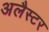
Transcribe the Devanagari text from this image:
अलैस्टर